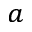
^ { a }